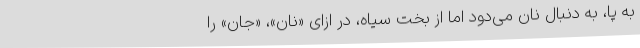
به پا، به دنبال نان می‌دود اما از بخت سیاه، در ازای «نان»، «جان» را